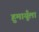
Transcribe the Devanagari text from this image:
हुमायूँला